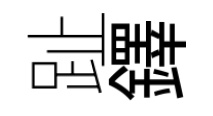
趾鐸